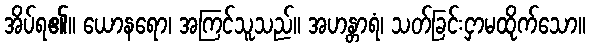
အိပ်ရ၏။ ယောနရော၊ အကြင်သူသည်။ အဟန္တာရံ၊ သတ်ခြင်းငှာမထိုက်သော။